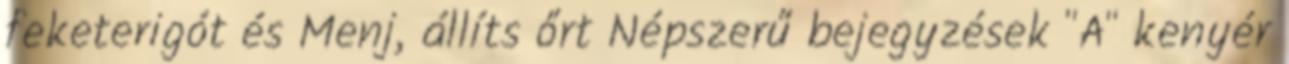
feketerigót és Menj, állíts őrt Népszerű bejegyzések "A" kenyér